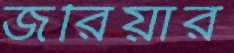
জরিয়ার